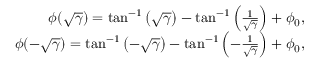
\begin{array} { r } { \phi ( \sqrt { \gamma } ) = \tan ^ { - 1 } \left( \sqrt { \gamma } \right) - \tan ^ { - 1 } \left( \frac { 1 } { \sqrt { \gamma } } \right) + \phi _ { 0 } , } \\ { \phi ( - \sqrt { \gamma } ) = \tan ^ { - 1 } \left( - \sqrt { \gamma } \right) - \tan ^ { - 1 } \left( - \frac { 1 } { \sqrt { \gamma } } \right) + \phi _ { 0 } , } \end{array}